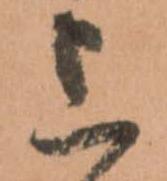
上